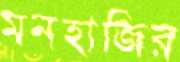
মনহাজির